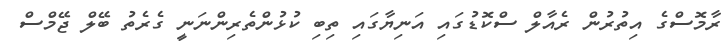
ރާމޮސްގެ އިތުރުން ރެއާލް ސްކޮޑުގައި އަނިޔާގައި ތިބި ކުޅުންތެރިންނަނީ ގެރެތު ބޭލް ޖޭމްސް